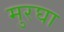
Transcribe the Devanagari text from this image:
मुरघा